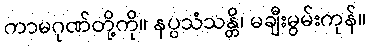
ကာမဂုဏ်တို့ကို။ နပ္ပသံသန္တိ၊ မချီးမွမ်းကုန်။